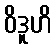
ဝိဒူဟိ